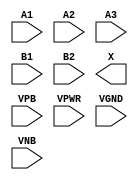
/**
 * Copyright 2020 The SkyWater PDK Authors
 *
 * Licensed under the Apache License, Version 2.0 (the "License");
 * you may not use this file except in compliance with the License.
 * You may obtain a copy of the License at
 *
 *     https://www.apache.org/licenses/LICENSE-2.0
 *
 * Unless required by applicable law or agreed to in writing, software
 * distributed under the License is distributed on an "AS IS" BASIS,
 * WITHOUT WARRANTIES OR CONDITIONS OF ANY KIND, either express or implied.
 * See the License for the specific language governing permissions and
 * limitations under the License.
 *
 * SPDX-License-Identifier: Apache-2.0
 */

`ifndef SKY130_FD_SC_LS__O32A_PP_SYMBOL_V
`define SKY130_FD_SC_LS__O32A_PP_SYMBOL_V

/**
 * o32a: 3-input OR and 2-input OR into 2-input AND.
 *
 *       X = ((A1 | A2 | A3) & (B1 | B2))
 *
 * Verilog stub (with power pins) for graphical symbol definition
 * generation.
 *
 * WARNING: This file is autogenerated, do not modify directly!
 */

`timescale 1ns / 1ps
`default_nettype none

(* blackbox *)
module sky130_fd_sc_ls__o32a (
    //# {{data|Data Signals}}
    input  A1  ,
    input  A2  ,
    input  A3  ,
    input  B1  ,
    input  B2  ,
    output X   ,

    //# {{power|Power}}
    input  VPB ,
    input  VPWR,
    input  VGND,
    input  VNB
);
endmodule

`default_nettype wire
`endif  // SKY130_FD_SC_LS__O32A_PP_SYMBOL_V